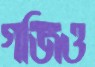
গজিও